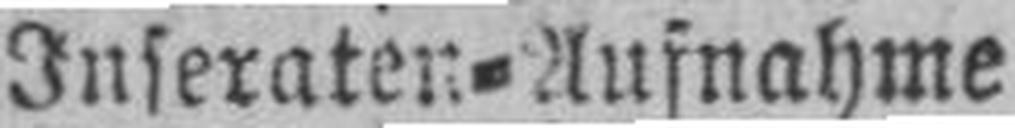
Inseraten=Aufnahme